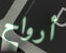
أرواح